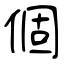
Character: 個